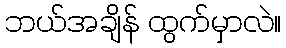
ဘယ်အချိန် ထွက်မှာလဲ။